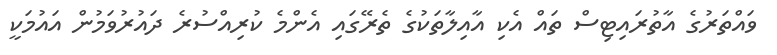
ވައްތަރުގެ އާތުރައިޓިސް ތައް އެކި އާއިލާތަކުގެ ތެރޭގައި އެންމެ ކުރިއްސުރެ ދައުރުވަމުން އައުމަކީ